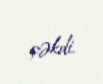
çəkdi.